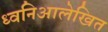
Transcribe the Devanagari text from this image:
ध्वनिआलेखित